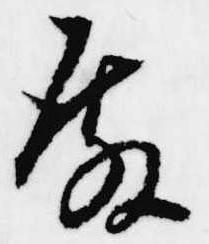
殿